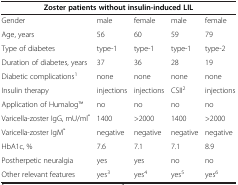
| <COLSPAN=5> Zoster patients without insulin-induced LIL |
 | --- | --- | --- | --- | --- |
 | Gender | male | female | male | female |
 | Age, years | 56 | 60 | 59 | 79 |
 | Type of diabetes | type-1 | type-1 | type-1 | type-2 |
 | Duration of diabetes, years | 37 | 36 | 28 | 19 |
 | Diabetic complications1 | none | none | none | none |
 | Insulin therapy | injections | injections | CSII2 | injections |
 | Application of HumalogTM | no | no | no | no |
 | Varicella-zoster IgG, mU/ml* | 1400 | >2000 | 1400 | >2000 |
 | Varicella-zoster IgM* | negative | negative | negative | negative |
 | HbA1c, % | 7.6 | 7.1 | 7.1 | 8.9 |
 | Postherpetic neuralgia | yes | yes | no | no |
 | Other relevant features | yes3 | yes4 | yes5 | yes6 |